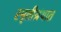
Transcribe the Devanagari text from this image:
स्मृतीग्रंथात